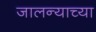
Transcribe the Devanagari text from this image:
जालन्याच्या